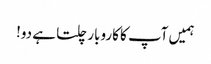
ہمیں آپ کا کاروبار چلتا ہے دو!